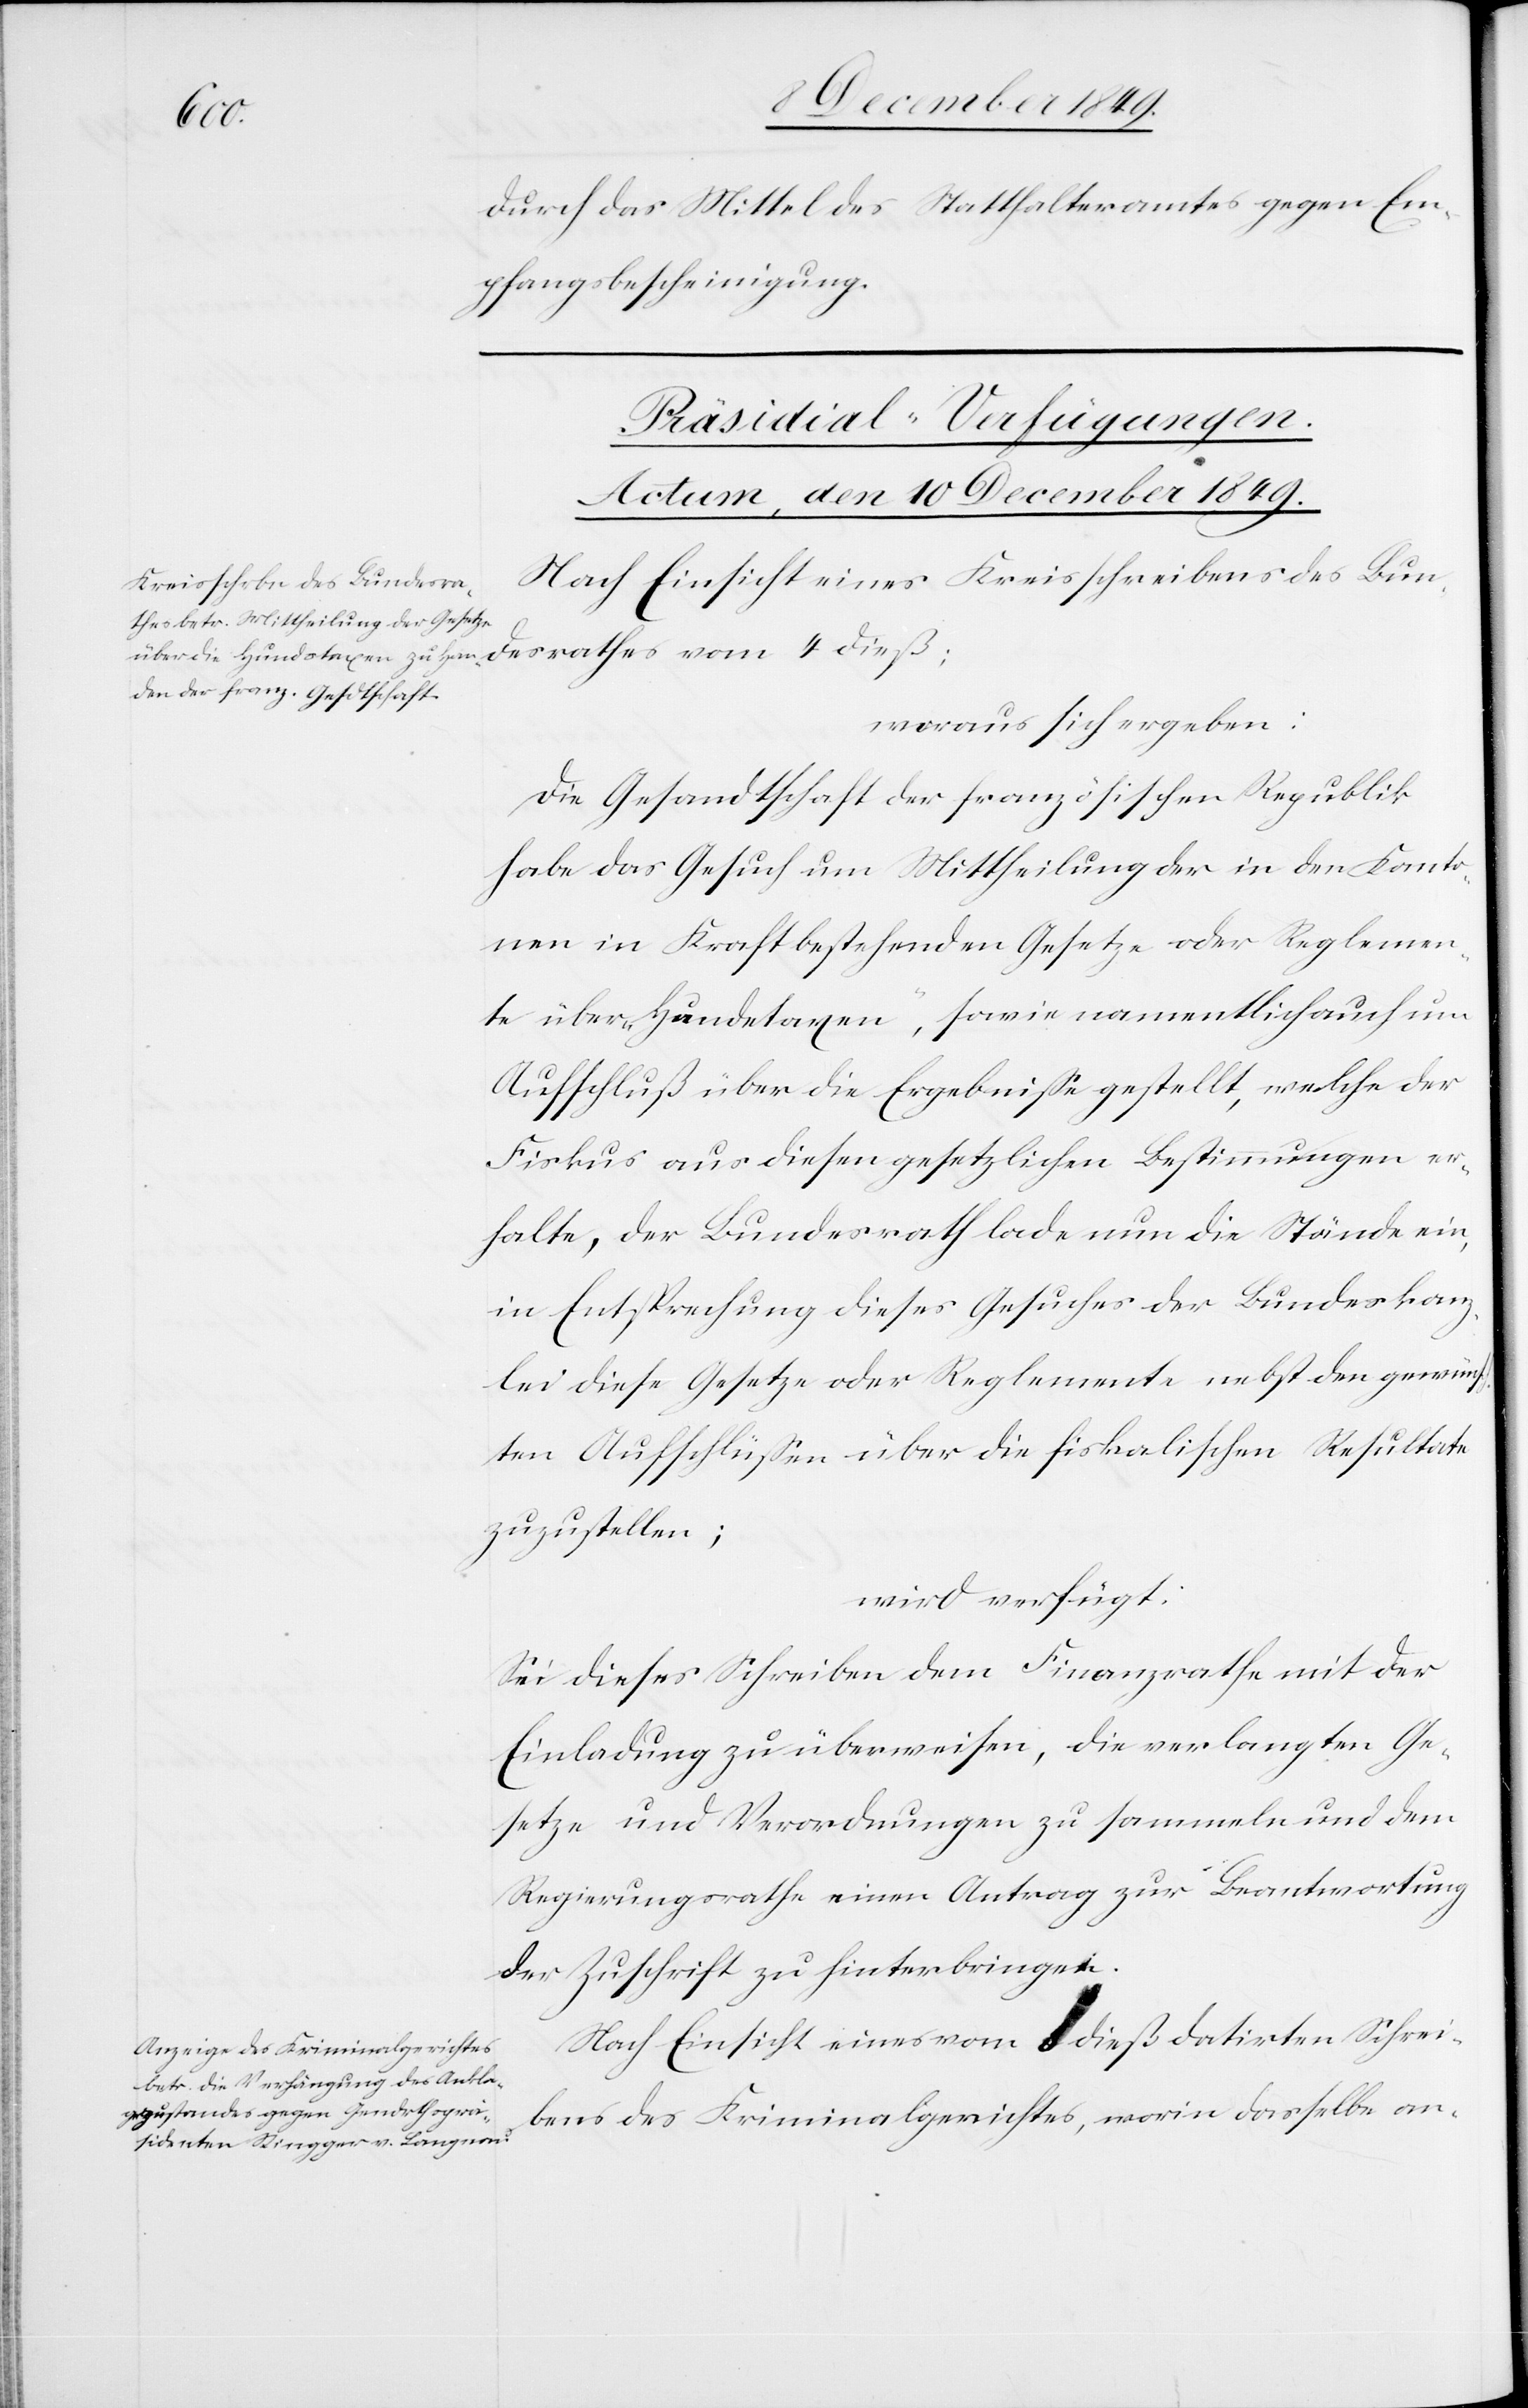
esrathes
durch das Mittel des Statthalteramtes gegen Em¬
pfangsbescheinigung.
[Präsidial-Verfügungen.
Actum, den 10 December 1849.]
Nach Einsicht eines Kreisschreibens des Bund¬
woraus sich ergeben:
Die Gesandtschaft der französischen Republik
habe das Gesuch um Mittheilung der in den Kanto¬
nen in Kraft bestehenden Gesetze oder Reglemen¬
te über „Hundetaxen“, sowie namentlich auch um
Aufschluß über die Ergebniße gestellt, welche der
Fiskus aus diesen gesetzlichen Bestimmungen er¬
halte, der Bundesrath lade nun die Stände ein,
in Entsprechung dieses Gesuches der Bundeskanz¬
lei diese Gesetze oder Reglemente nebst den gewünsch¬
ten Aufschlüßen über die fiskalischen Resultate
zuzustellen.
wird verfügt:
Sei dieses Schreiben dem Finanzrathe mit der
Einladung zu überweisen, die verlangten Ge¬
setze und Verordnungen zu sammeln und dem
Regierungsrathe einen Antrag zur Beantwortung
der Zuschrift zu hinterbringen.
Nach Einsicht eines vom ? dieß datirten Schrei¬
ben des Kriminalgerichtes, worin dasselbe an-